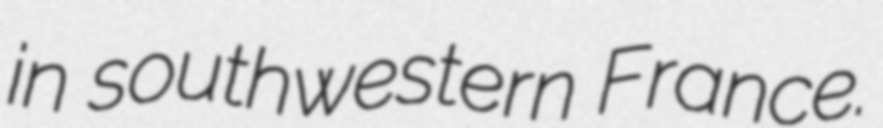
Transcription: in southwestern France.